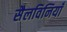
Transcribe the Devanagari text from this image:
सैलविनियाँ